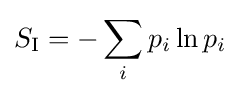
S_{\text{I}}=-\sum _{i}p_{i}\ln p_{i}